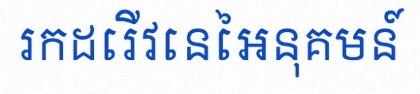
រកដេរីវេនៃអនុគមន៍